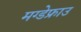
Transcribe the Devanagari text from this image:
मग्डेफ्राउ